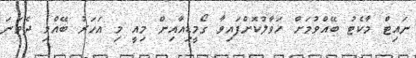
ނައިޓް މާކެޓު ބޭއްވުމަށް ހަވާލުކޮށްފައިވާ ގޯމީޑިއާއިން މިއީ މި އަހަރު ބޭއްވި ދެވަނަ